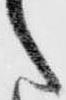
之